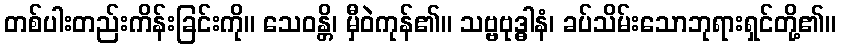
တစ်ပါးတည်းကိန်းခြင်းကို။ သေဝန္တိ၊ မှီဝဲကုန်၏။ သဗ္ဗဗုဒ္ဓါနံ၊ ခပ်သိမ်းသောဘုရားရှင်တို့၏။